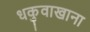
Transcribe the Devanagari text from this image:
धकुवाखाना